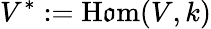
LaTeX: V^{*}:=\operatorname{H\mathfrak{o}m}(V,k)